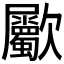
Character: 𣥀